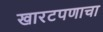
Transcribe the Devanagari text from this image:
खारटपणाचा